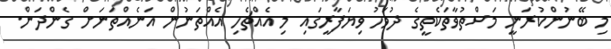
މި ބޭނުންކުރަނީ މަސްތުވާތަކެތީގެ ދުވަހު ވިޔަފާރީގައި މި އެއްޗެހި އެއްތަނުން އަނެއްތަނަށް ގެންދަން.